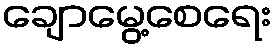
ချောမွေ့စေရေး